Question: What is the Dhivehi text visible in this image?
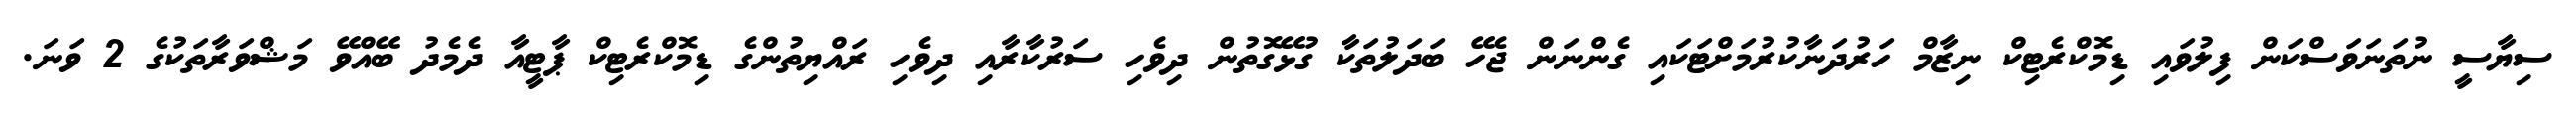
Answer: ސިޔާސީ ނުތަނަވަސްކަން ފިލުވައި ޑިމޮކްރެޓިކް ނިޒާމް ހަރުދަނާކުރުމަށްޓަކައި ގެންނަން ޖެހޭ ބަދަލުތަކާ ގުޅޭގޮތުން ދިވެހި ސަރުކާރާއި ދިވެހި ރައްޔިތުންގެ ޑިމޮކްރެޓިކް ޕާޓީއާ ދެމެދު ބޭއްވޭ މަޝްވަރާތަކުގެ 2 ވަނަ.